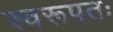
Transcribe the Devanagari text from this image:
स्वरूपतः